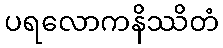
ပရလောကနိဿိတံ